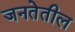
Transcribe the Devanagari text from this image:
जनतेतील